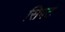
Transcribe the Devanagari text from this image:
सिपट